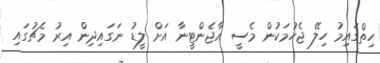
ހިތްގައިމު ހިލޭ ޖެހުމަކުން މެސީ އާޖެންޓީނާ އަށް ލީޑު ނަގައިދިން އިރު މެޗުގައި